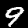
Label: 9